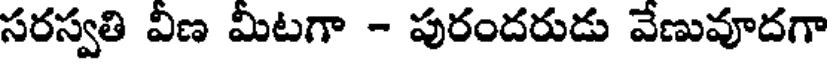
సరస్వతి వీణ మీటగా - పురందరుడు వేణువూదగా